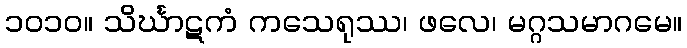
၁၀၁၀။ သိင်္ဃာဋကံ ကသေရုဿ၊ ဖလေ၊ မဂ္ဂသမာဂမေ။